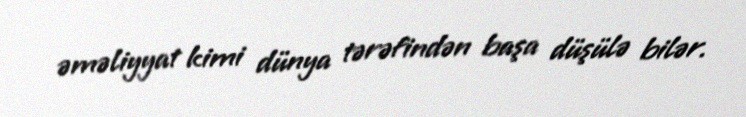
əməliyyat kimi dünya tərəfindən başa düşülə bilər.